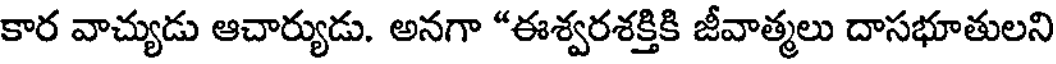
కార వాచ్యుడు ఆచార్యుడు. అనగా "ఈశ్వరశక్తికి జీవాత్మలు దాసభూతులని